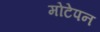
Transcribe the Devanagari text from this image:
मोटेपन